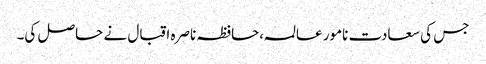
جس کی سعادت نامور عالمہ،حافظہ ناصرہ اقبال نے حاصل کی۔